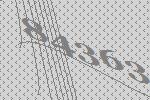
84363